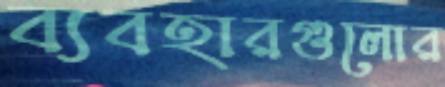
ব্যবহারগুলোর